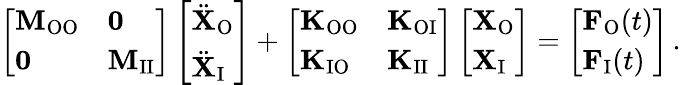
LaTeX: \left[\begin{array}{ll}{\mathbf{M}_{\mathrm{OO}}}&{\mathbf{0}}\\ {\mathbf{0}}&{\mathbf{M}_{\mathrm{II}}}\end{array}\right]\left[\begin{array}{l}{\ddot{\mathbf{X}}_{\mathrm{O}}}\\ {\ddot{\mathbf{X}}_{\mathrm{I}}}\end{array}\right]+\left[\begin{array}{ll}{\mathbf{K}_{\mathrm{OO}}}&{\mathbf{K}_{\mathrm{OI}}}\\ {\mathbf{K}_{\mathrm{IO}}}&{\mathbf{K}_{\mathrm{II}}}\end{array}\right]\left[\begin{array}{l}{\mathbf{X}_{\mathrm{O}}}\\ {\mathbf{X}_{\mathrm{I}}}\end{array}\right]=\left[\begin{array}{l}{\mathbf{F}_{\mathrm{O}}(t)}\\ {\mathbf{F}_{\mathrm{I}}(t)}\end{array}\right]\, .